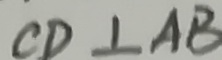
C D \bot A B